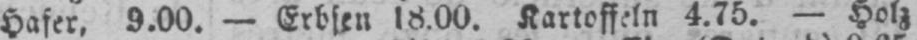
Hafer, 9.00. - Erbsen 18.00. Kartoffeln 4.75. - Holz